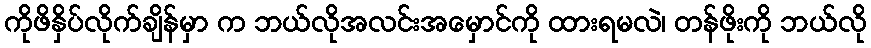
ကိုဖိနှိပ်လိုက်ချိန်မှာ က ဘယ်လိုအလင်းအမှောင်ကို ထားရမလဲ၊ တန်ဖိုးကို ဘယ်လို